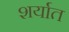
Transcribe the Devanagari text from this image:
शर्यात